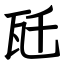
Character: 瓩